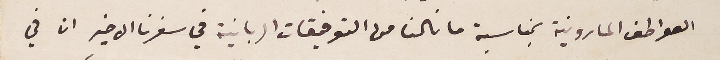
العواطف المارونية بمناسبة ما نالنا من التوفيقات الربانية في سفرنا الاخير ان في